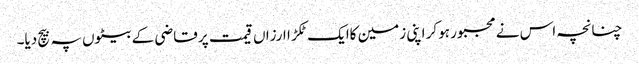
چنانچہ اس نے مجبور ہوکر اپنی زمین کاایک ٹکڑ ا ارزاں قیمت پر قاضی کے بیٹوں پہ بیچ دیا۔